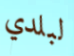
لبلدي